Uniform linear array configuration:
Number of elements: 24
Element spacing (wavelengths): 0.5
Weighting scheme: exponential
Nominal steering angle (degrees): -30
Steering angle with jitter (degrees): -30.611
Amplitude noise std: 0.05
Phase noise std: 0.05

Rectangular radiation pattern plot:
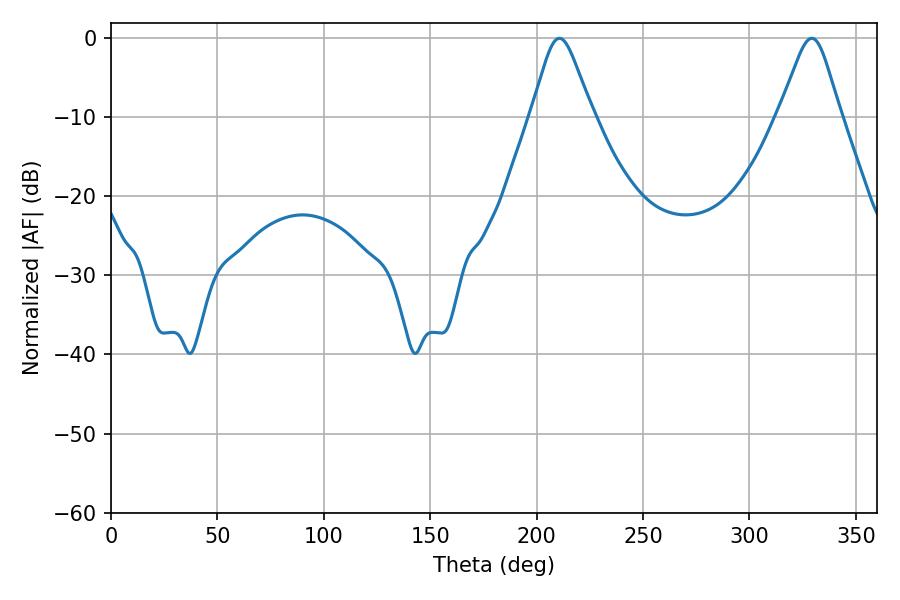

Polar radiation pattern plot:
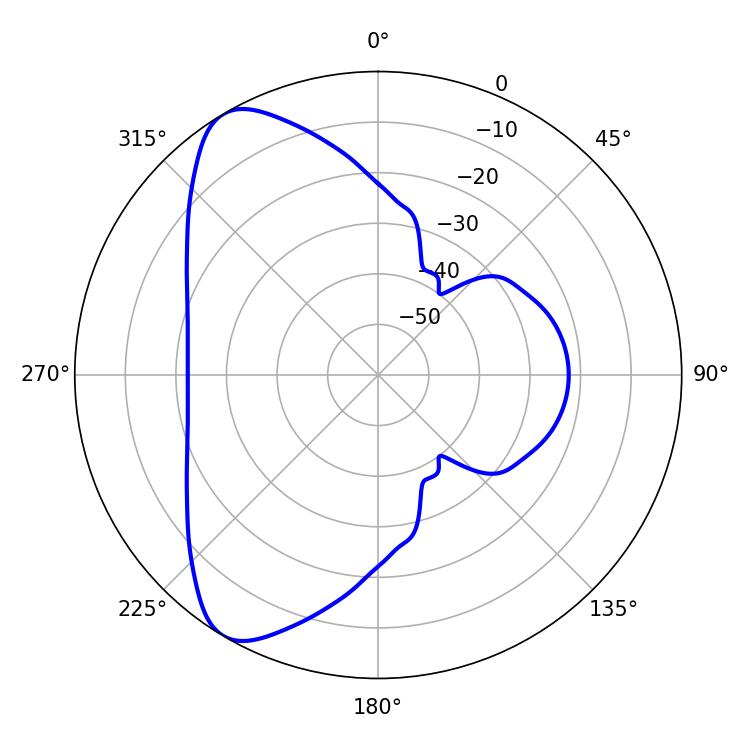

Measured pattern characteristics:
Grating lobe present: FALSE
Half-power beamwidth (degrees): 13.68
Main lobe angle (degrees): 329.22